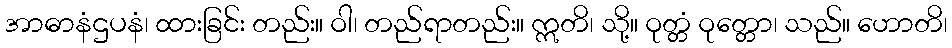
အာဓာနံဌပနံ၊ ထားခြင်း တည်း။ ဝါ၊ တည်ရာတည်း။ ဣတိ၊ သို့။ ဝုတ္တံ ဝုတ္တော၊ သည်။ ဟောတိ၊